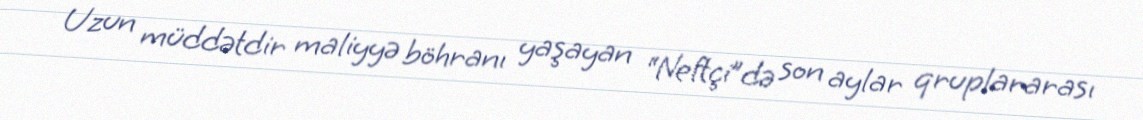
Uzun müddətdir maliyyə böhranı yaşayan “Neftçi”də son aylar qruplararası